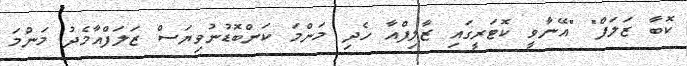
ކޮބާ ޒަލަފް" "އޭނާވީ ކޮޓަރީގައި ޒާލިފްއާ ހެދި މަންމަ ކަންބޮޑުނުވިޔަސް ޒަލަފްއާމެދު މަންމަ